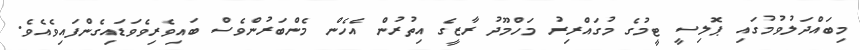
މިބައްދަލުވުމުގައި ޕޮލިސީ ޓީމުގެ މުގައްރިރު މަހްމޫދު ރާޒީގެ އިތުރުން އެހެން މެންބަރުންވެސް ބައިވެރިވެވަޑައިގެންފައިވެއެވެ.